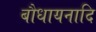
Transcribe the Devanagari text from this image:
बौधायनादि